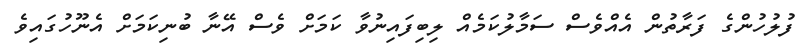
ފުލުހުންގެ ފަރާތުން އެއްވެސް ސަމާލުކަމެއް ލިބިފައިނުވާ ކަމަށް ވެސް އޭނާ ބުނިކަމަށް އެނޫހުގައިވެ